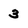
Character: 3